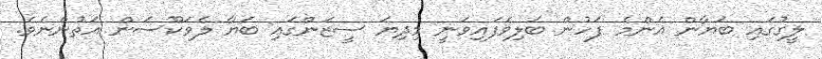
ލީގުގައި ބަޔާން އެންމެ ފަހުން ބަލިވެފައިވަނީ މިދިޔަ ސީޒަންގައި ބަޔާާ ލެވަކޫސަން އަތުންނެވެ.